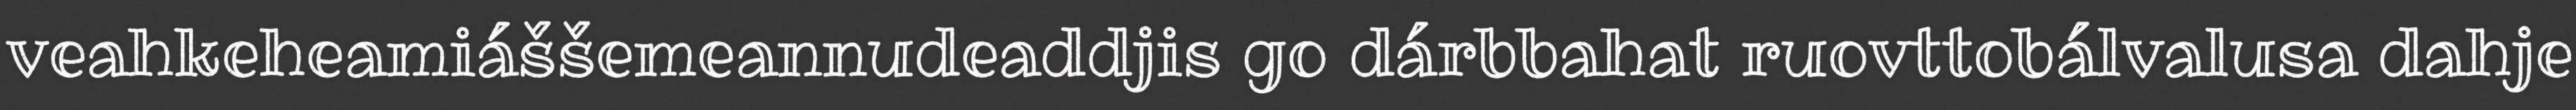
veahkeheamiáššemeannudeaddjis go dárbbahat ruovttobálvalusa dahje